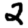
Digit: 2